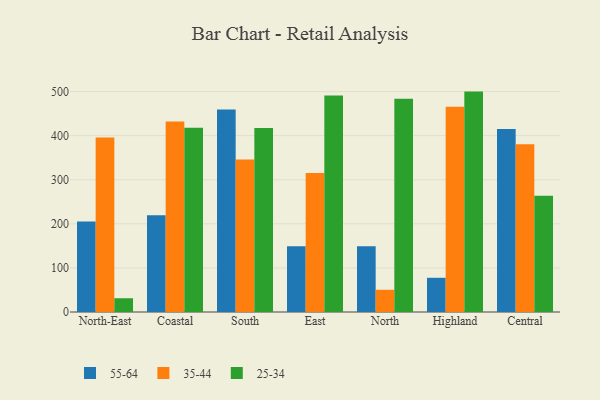
{"axis": {"x": "Region", "y": "Churn Rate (%)"}, "legend": ["25-34", "35-44", "55-64"], "data": [{"x": "North-East", "y": 205.4, "type": "55-64"}, {"x": "North-East", "y": 395.6, "type": "35-44"}, {"x": "North-East", "y": 31.2, "type": "25-34"}, {"x": "Coastal", "y": 219.2, "type": "55-64"}, {"x": "Coastal", "y": 432.0, "type": "35-44"}, {"x": "Coastal", "y": 417.7, "type": "25-34"}, {"x": "South", "y": 459.1, "type": "55-64"}, {"x": "South", "y": 345.7, "type": "35-44"}, {"x": "South", "y": 417.4, "type": "25-34"}, {"x": "East", "y": 149.3, "type": "55-64"}, {"x": "East", "y": 315.0, "type": "35-44"}, {"x": "East", "y": 490.9, "type": "25-34"}, {"x": "North", "y": 149.3, "type": "55-64"}, {"x": "North", "y": 50.4, "type": "35-44"}, {"x": "North", "y": 483.8, "type": "25-34"}, {"x": "Highland", "y": 77.6, "type": "55-64"}, {"x": "Highland", "y": 465.6, "type": "35-44"}, {"x": "Highland", "y": 499.9, "type": "25-34"}, {"x": "Central", "y": 415.1, "type": "55-64"}, {"x": "Central", "y": 380.3, "type": "35-44"}, {"x": "Central", "y": 263.4, "type": "25-34"}]}